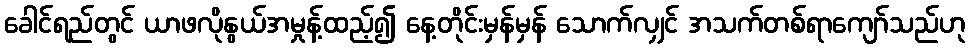
ခေါင်ရည်တွင် ယာဖလိုနွယ်အမှုန့်ထည့်၍ နေ့တိုင်းမှန်မှန် သောက်လျှင် အသက်တစ်ရာကျော်သည်ဟု